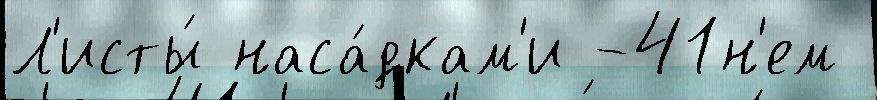
Л'исты́ наса́дкам'и -41н'ем